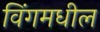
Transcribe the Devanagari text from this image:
विंगमधील